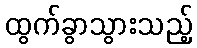
ထွက်ခွာသွားသည့်